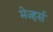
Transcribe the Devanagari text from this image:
मेज्हर्स